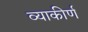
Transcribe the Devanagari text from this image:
व्याकीर्ण